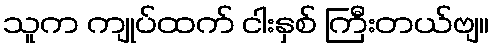
သူက ကျုပ်ထက် ငါးနှစ် ကြီးတယ်ဗျ။